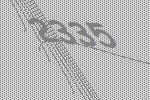
2335